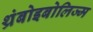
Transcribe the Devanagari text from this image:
थ्रंबोइबोलिज्म